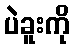
ပဲခူးကို